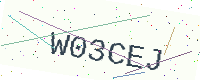
Text: W03CEJ